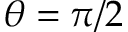
\theta = \pi / 2